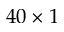
4 0 \times 1